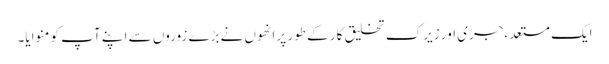
ایک مستعد،جری اور زیرک تخلیق کار کے طور پر انھوں نے بڑے زوروں سے اپنے آپ کو منوایا۔